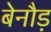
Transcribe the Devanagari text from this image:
बेनौड़